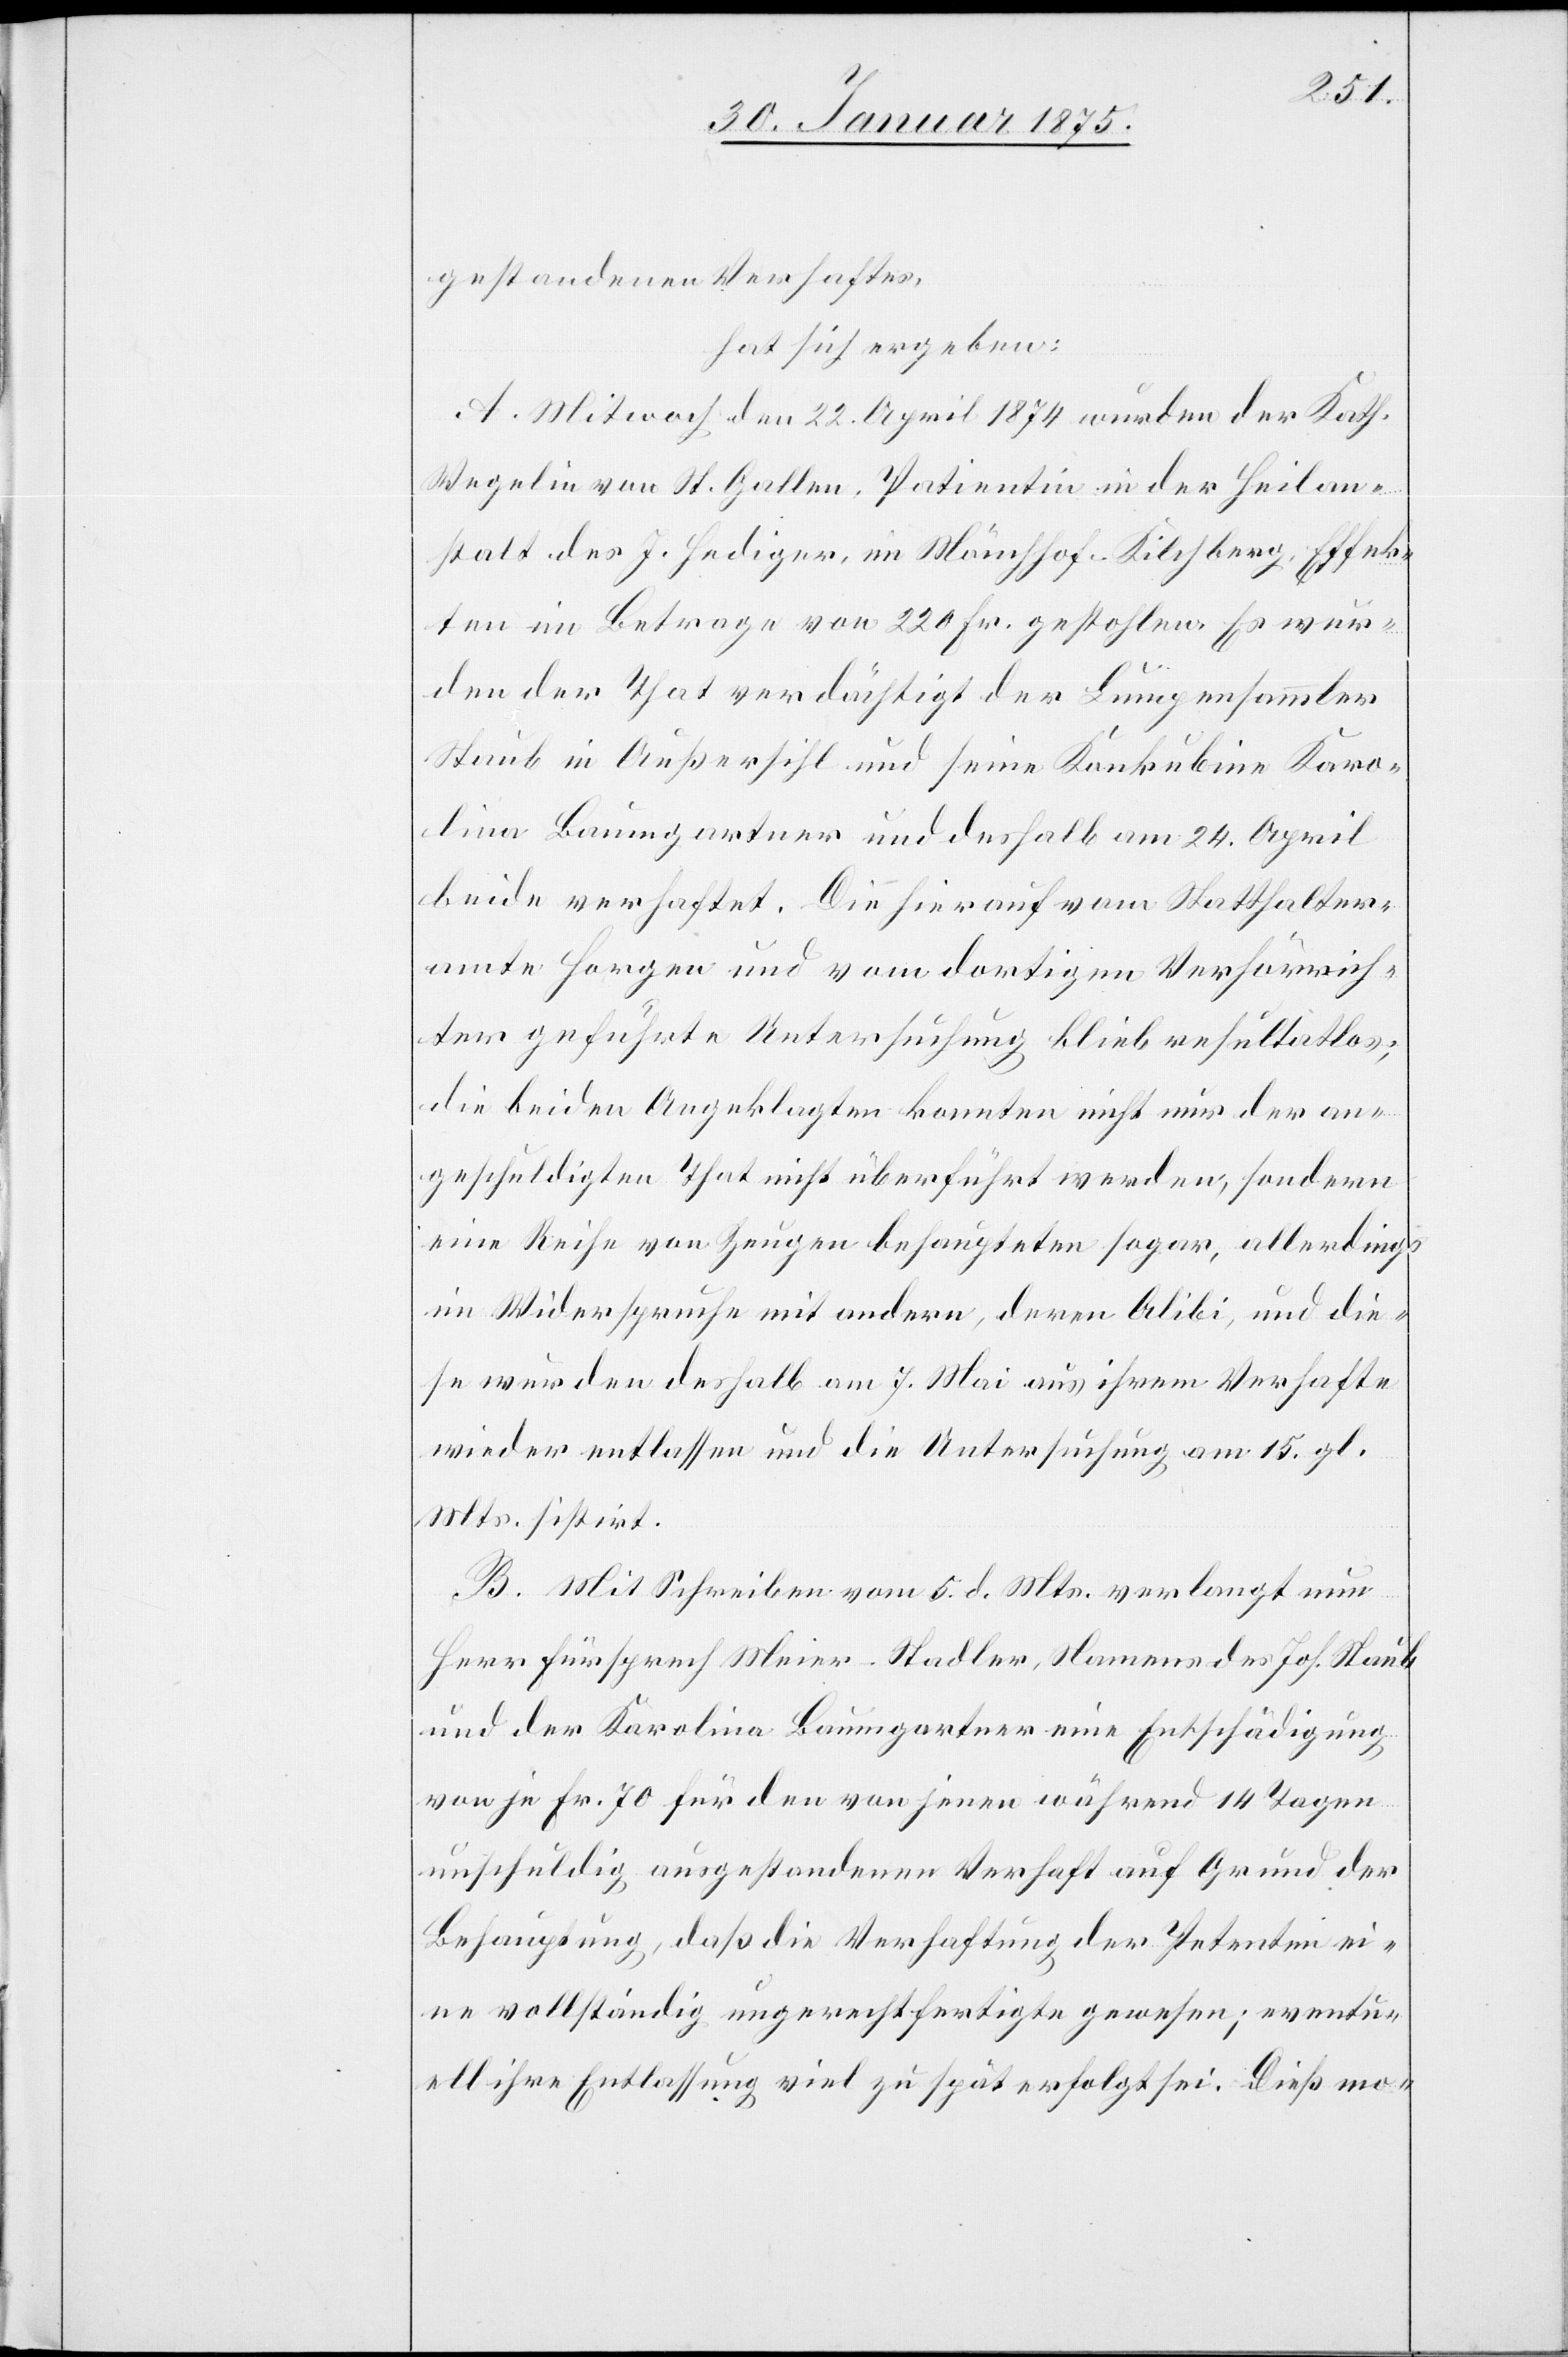
gestandenen Verhaften
hat sich ergeben:
A. Mitwoch den 22. April 1874 wurden der Kath.
Wegelin von St. Gallen, Patientin in der Heilan¬
stalt des J. Hediger, im Mönchhof - Kilchberg, Effek¬
ten im Betrage von 220 Fr. gestohlen. Es wur¬
den der That verdächtigt der Lumpensammler
Staub in Außersihl und seine Konkubine Karo¬
lina Baumgartner und deshalb am 24. April
beide verhaftet. Die hierauf vom Statthalter¬
amte Horgen und vom dortigen Verhörrich¬
ter geführte Untersuchung blieb resultatlos;
die beiden Angeklagten konnten nicht nur der an¬
geschuldigten That nicht überführt werden, sondern
eine Reihe von Zeugen behaupteten sogar, allerdings
im Widerspruche mit andern, deren Alibi, und die¬
se wurden deshalb am 7. Mai aus ihrem Verhafte
wieder entlassen und die Untersuchung am 15. gl.
Mts. sistirt.
B. Mit Schreiben vom 5. d. Mts. verlangt nun
Herr Fürsprech Meier-Stadler, Namens des Joh. Staub
und der Karolina Baumgartner eine Entschädigung
von je Fr. 70 für den von jenen während 14 Tagen
unschuldig ausgestandenen Verhaft auf Grund der
Behauptung, daß die Verhaftung der Petenten ei¬
ne vollständig ungerechtfertigte gewesen; eventu¬
ell ihre Entlassung viel zu spät erfolgt sei. Dieß mo-